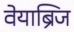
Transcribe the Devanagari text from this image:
वेयाब्रिज